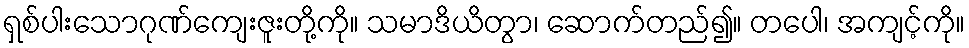
ရှစ်ပါးသောဂုဏ်ကျေးဇူးတို့ကို။ သမာဒိယိတွာ၊ ဆောက်တည်၍။ တပေါ၊ အကျင့်ကို။